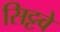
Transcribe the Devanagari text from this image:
सिट्टवे